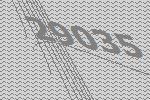
29035